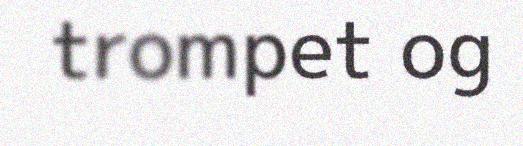
trompet og